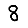
Digit: 8